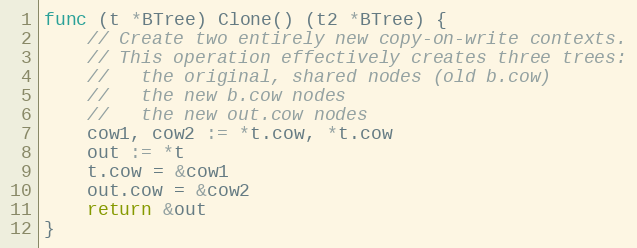
Language: Go
func (t *BTree) Clone() (t2 *BTree) {
	// Create two entirely new copy-on-write contexts.
	// This operation effectively creates three trees:
	//   the original, shared nodes (old b.cow)
	//   the new b.cow nodes
	//   the new out.cow nodes
	cow1, cow2 := *t.cow, *t.cow
	out := *t
	t.cow = &cow1
	out.cow = &cow2
	return &out
}